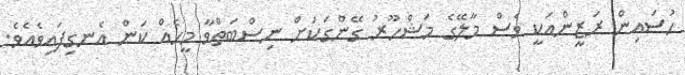
ހުސައިން ރަޒީންއަކީ ވެސް މާލޭގެ މަޝްހޫރު ގޭންގަކަށް ނިސްބަތްވާ މީހެއް ކަން އެނގިފައިވެއެވެ.